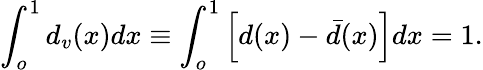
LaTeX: \int_{o}^{1}{d_{v}(x)dx}\equiv\int_{o}^{1}\left[d(x)-\bar{d}(x)\right]dx=1.